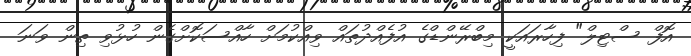
އޮފް ސްޓިލް" ފިހާރައަކީ މިބްރޭންޑްގެ އުފެއްދުތައް ވިއްކުމަށް ހާއްސަކޮށްގެން ހުޅުވި ތިން ވަނަ